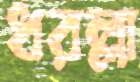
ধরল্লা